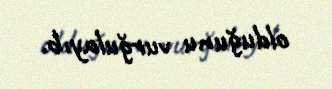
olduğunu vurğulayıb.